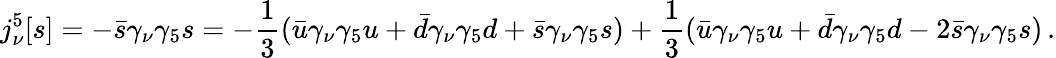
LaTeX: j_{\nu}^{5}[s]=-\bar{s}\gamma_{\nu}\gamma_{5}s=-\frac{1}{3}(\bar{u}\gamma_{\nu}\gamma_{5}u+\bar{d}\gamma_{\nu}\gamma_{5}d+\bar{s}\gamma_{\nu}\gamma_{5}s)+\frac{1}{3}(\bar{u}\gamma_{\nu}\gamma_{5}u+\bar{d}\gamma_{\nu}\gamma_{5}d-2\bar{s}\gamma_{\nu}\gamma_{5}s)\, .